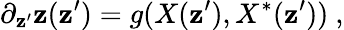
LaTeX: \partial_{\mathbf{z}^{\prime}}\mathbf{z}(\mathbf{z}^{\prime})=g(X(\mathbf{z}^{\prime}),X^{*}(\mathbf{z}^{\prime}))~,